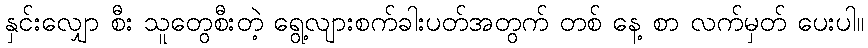
နှင်းလျှော စီး သူတွေစီးတဲ့ ရွေ့လျားစက်ခါးပတ်အတွက် တစ် နေ့ စာ လက်မှတ် ပေးပါ။